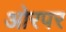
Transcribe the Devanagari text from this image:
ओरपर